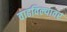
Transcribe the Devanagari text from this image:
वाढविल्यावर